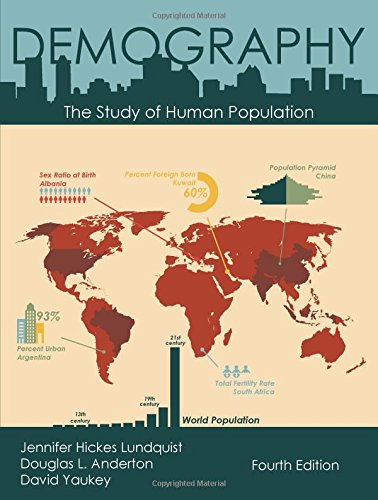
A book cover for Demography: The Study of Human Population, Fourth Edition; Jennifer Hickes Lundquist; Politics & Social Sciences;